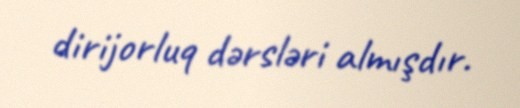
dirijorluq dərsləri almışdır.